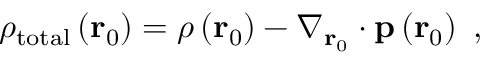
\rho _ { \mathrm { t o t a l } } \left( \mathbf { r } _ { 0 } \right) = \rho \left( \mathbf { r } _ { 0 } \right) - \nabla _ { \mathbf { r } _ { 0 } } \cdot \mathbf { p } \left( \mathbf { r } _ { 0 } \right) \ ,